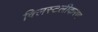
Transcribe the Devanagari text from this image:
क्लिस्टलीकरण